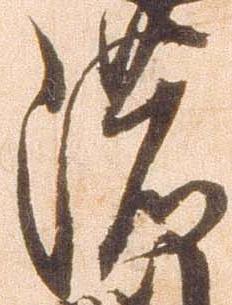
濃